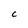
Character: C